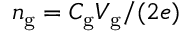
n _ { \mathrm { { g } } } = C _ { \mathrm { { g } } } V _ { \mathrm { { g } } } / ( 2 e )